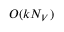
O ( k N _ { V } )